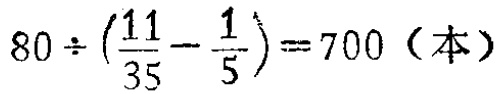
\(80\div(\frac{11}{35}-\frac{1}{5}) = 700（本）\)